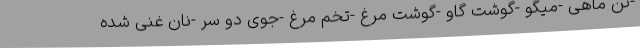
-تن ماهی -میگو -گوشت گاو -گوشت مرغ -تخم مرغ -جوی دو سر -نان غنی شده